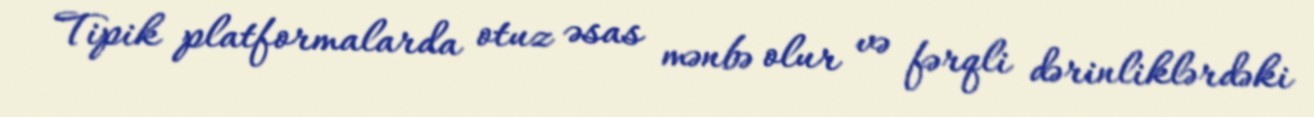
Tipik platformalarda otuz əsas mənbə olur və fərqli dərinliklərdəki